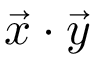
{ \vec { x } } \cdot { \vec { y } }